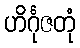
ဟိင်္ဂုဇတုံ